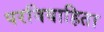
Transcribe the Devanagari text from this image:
परविवाहिता